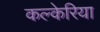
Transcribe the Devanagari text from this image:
कल्केरिया